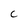
Character: c